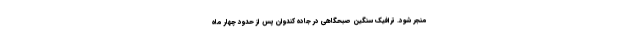
منجر شود. ترافیک سنگین صبحگاهی در جاده کندوان پس از حدود چهار ماه